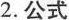
2.公式